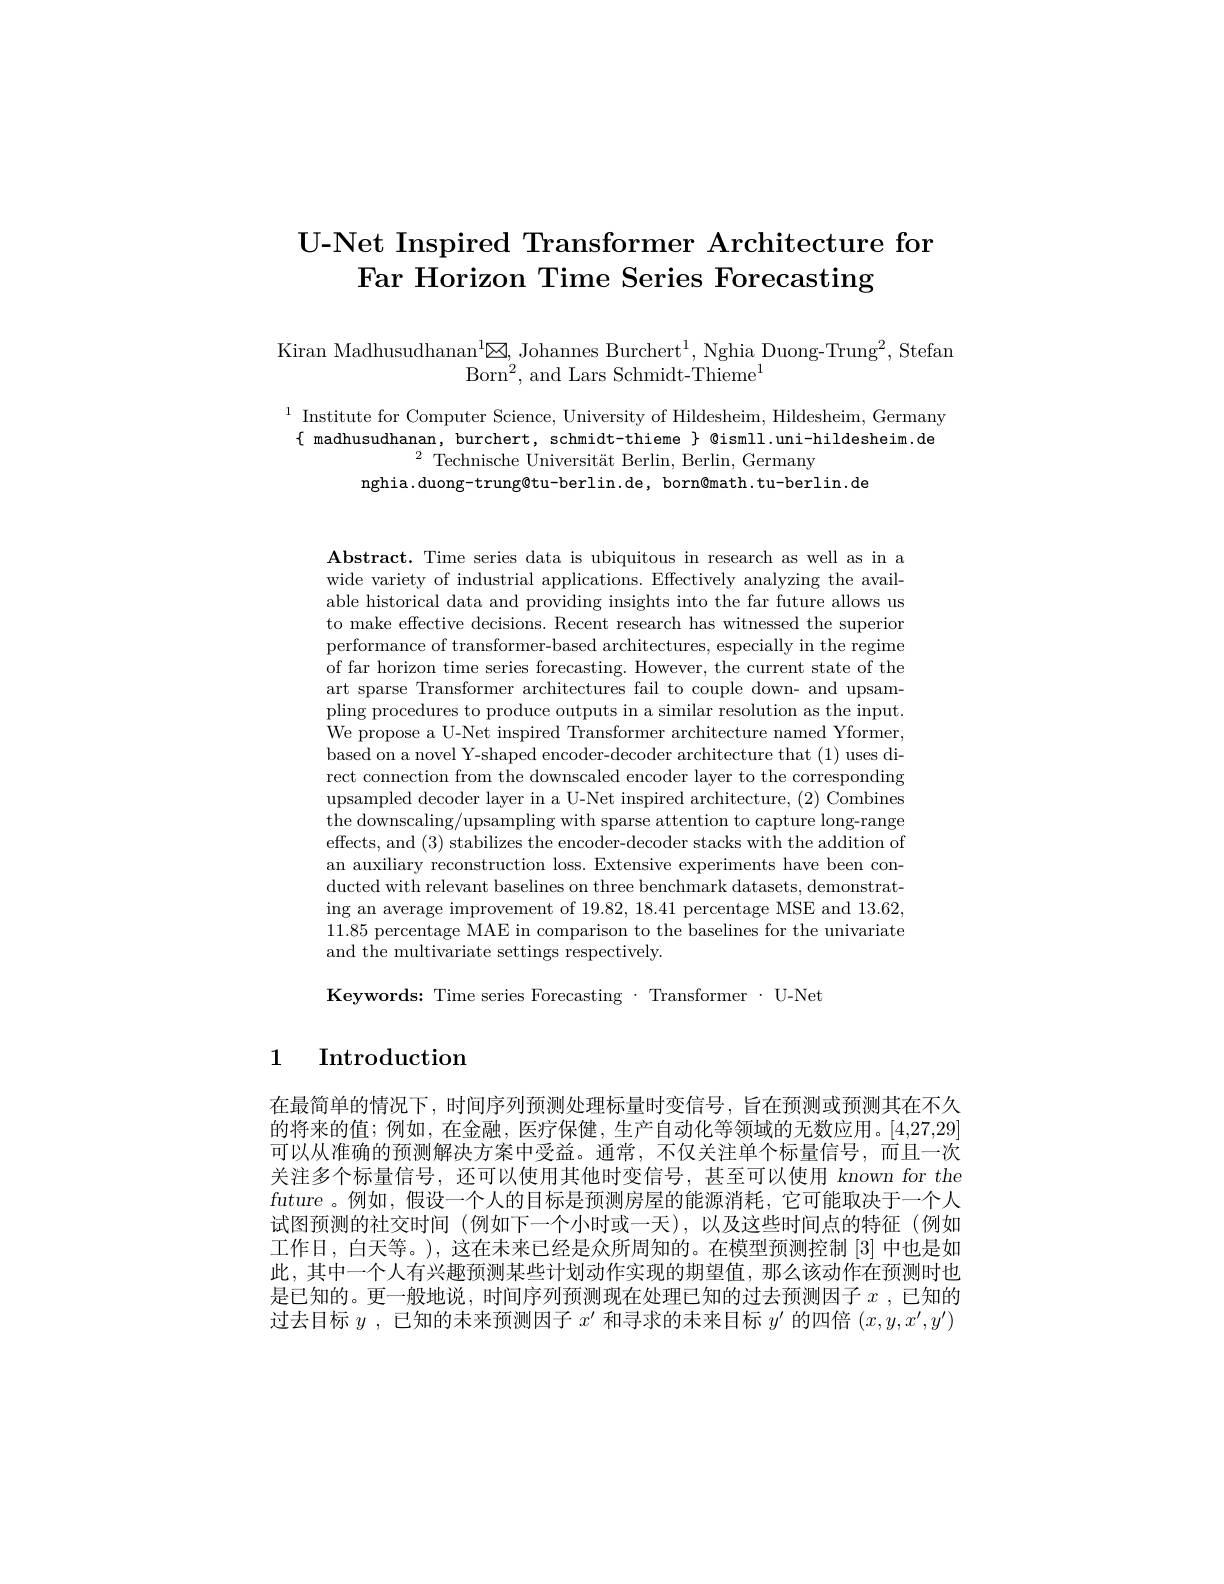
# U-Net Inspired Transformer Architecture for Far Horizon Time Series Forecasting

Kiran Madhusudhanan$^{\mathrm{l}}\boxtimes$, Johannes Burchert$^1$, Nghia Duong-Trung$^2$, Stefan
$\mathrm{Born^{2},~and~Lars~Schmidt-Thieme}^{1}$

$^{1}$ Institute for Computer Science, University of Hildesheim, Hildesheim, Germany $\{$ madhusudhanan, burchert, schmidt-thieme $\}$ @ismll.uni-hildesheim.de
$^{2}$ Technische Universität Berlin, Berlin, Germany
nghia.duong-trung@tu-berlin.de, born@math.tu-berlin.de

Abstract. Time series data is ubiquitous in research as well as in a wide variety of industrial applications. Effectively analyzing the available historical data and providing insights into the far future allows us to make effective decisions. Recent research has witnessed the superior performance of transformer-based architectures, especially in the regime of far horizon time series forecasting. However, the current state of the art sparse Transformer architectures fail to couple down- and upsampling procedures to produce outputs in a similar resolution as the input. We propose a U-Net inspired Transformer architecture named Yformer, based on a novel Y-shaped encoder-decoder architecture that (1) uses direct connection from the downscaled encoder layer to the corresponding upsampled decoder layer in a U-Net inspired architecture, (2) Combines the downscaling/upsampling with sparse attention to capture long-range effects, and (3) stabilizes the encoder-decoder stacks with the addition of an auxiliary reconstruction loss. Extensive experiments have been conducted with relevant baselines on three benchmark datasets, demonstrating an average improvement of 19.82, 18.41 percentage MSE and 13.62, 11.85 percentage MAE in comparison to the baselines for the univariate and the multivariate settings respectively.

Keywords: Time series Forecasting $\cdot$Transformer$\cdot$U-Net

# 1 Introduction

在最简单的情况下，时间序列预测处理标量时变信号，旨在预测或预测其在不久的将来的值；例如，在金融，医疗保健，生产自动化等领域的无数应用。[4,27,29] 可以从准确的预测解决方案中受益。通常，不仅关注单个标量信号，而且一次关注多个标量信号，还可以使用其他时变信号，甚至可以使用 known for the future。例如，假设一个人的目标是预测房屋的能源消耗，它可能取决于一个人试图预测的社交时间(例如下一个小时或一天),以及这些时间点的特征(例如工作日，白天等。),这在未来已经是众所周知的。在模型预测控制[3]中也是如此，其中一个人有兴趣预测某些计划动作实现的期望值，那么该动作在预测时也是已知的。更一般地说，时间序列预测现在处理已知的过去预测因子$x$ , 已知的过去目标$y$ ,已知的未来预测因子$x^\prime$和寻求的未来目标$y^\prime$的四倍$(x,y,x^\prime,y^{\prime})$